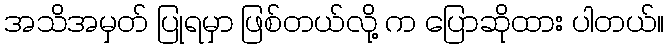
အသိအမှတ် ပြုရမှာ ဖြစ်တယ်လို့ က ပြောဆိုထား ပါတယ်။